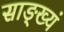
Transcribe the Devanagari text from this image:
साङ्ख्यं